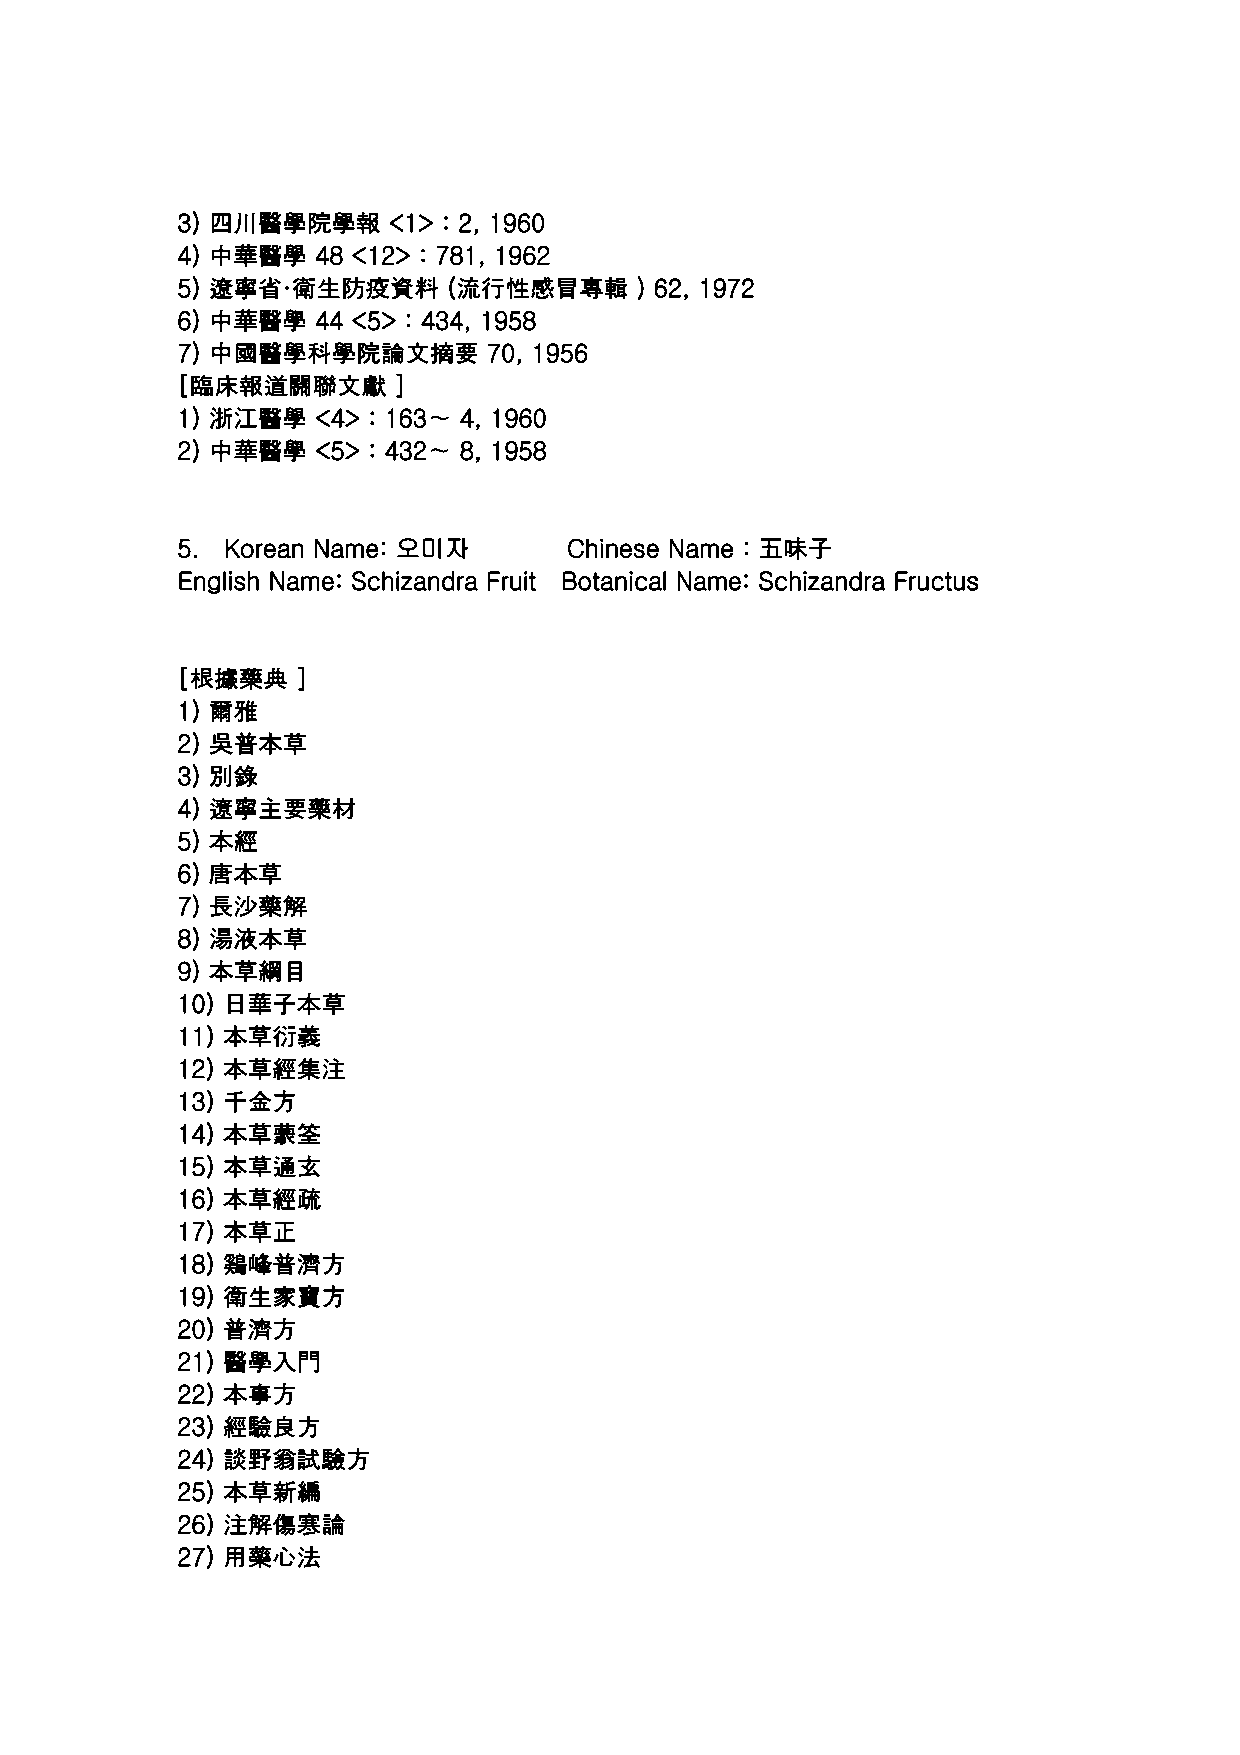
3) 四川醫學院學報    <1> : 2, 1960
 4) 中華醫學  48 <12> : 781, 1962
 5) 遼寧省·衛生防疫資料     (流行性感冒專輯    ) 62, 1972
 6) 中華醫學  44 <5> : 434, 1958
 7) 中國醫學科學院論文摘要      70, 1956
 [臨床報道關聯文獻     ]
 1) 浙江醫學  <4> : 163∼ 4, 1960
 2) 中華醫學  <5> : 432∼ 8, 1958
 5. Korean Name: 오미자       Chinese Name : 五味子
 English Name: Schizandra Fruit Botanical Name: Schizandra Fructus
 [根據藥典   ]
 1) 爾雅
 2) 吳普本草
 3) 別錄
 4) 遼寧主要藥材
 5) 本經
 6) 唐本草
 7) 長沙藥解
 8) 湯液本草
 9) 本草綱目
 10) 日華子本草
 11) 本草衍義
 12) 本草經集注
 13) 千金方
 14) 本草蒙筌
 15) 本草通玄
 16) 本草經疏
 17) 本草正
 18) 鷄峰普濟方
 19) 衛生家寶方
 20) 普濟方
 21) 醫學入門
 22) 本事方
 23) 經驗良方
 24) 談野翁試驗方
 25) 本草新編
 26) 注解傷寒論
 27) 用藥心法